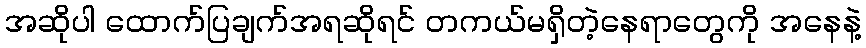
အဆိုပါ ထောက်ပြချက်အရဆိုရင် တကယ်မရှိတဲ့နေရာတွေကို အနေနဲ့